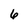
Character: 6